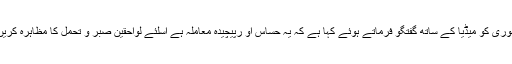
تاہم وزیر داخلہ چوہدری نثار علی خان نے 14 جنوری کو میڈیا کے ساتھ گفتگو فرماتے ہوئے کہا ہے کہ یہ حساس او رپیچیدہ معاملہ ہے اسلئے لواحقین صبر و تحمل کا مظاہرہ کریں یعنی حکومت کی طرف سے جواب ہی سمجھیں۔